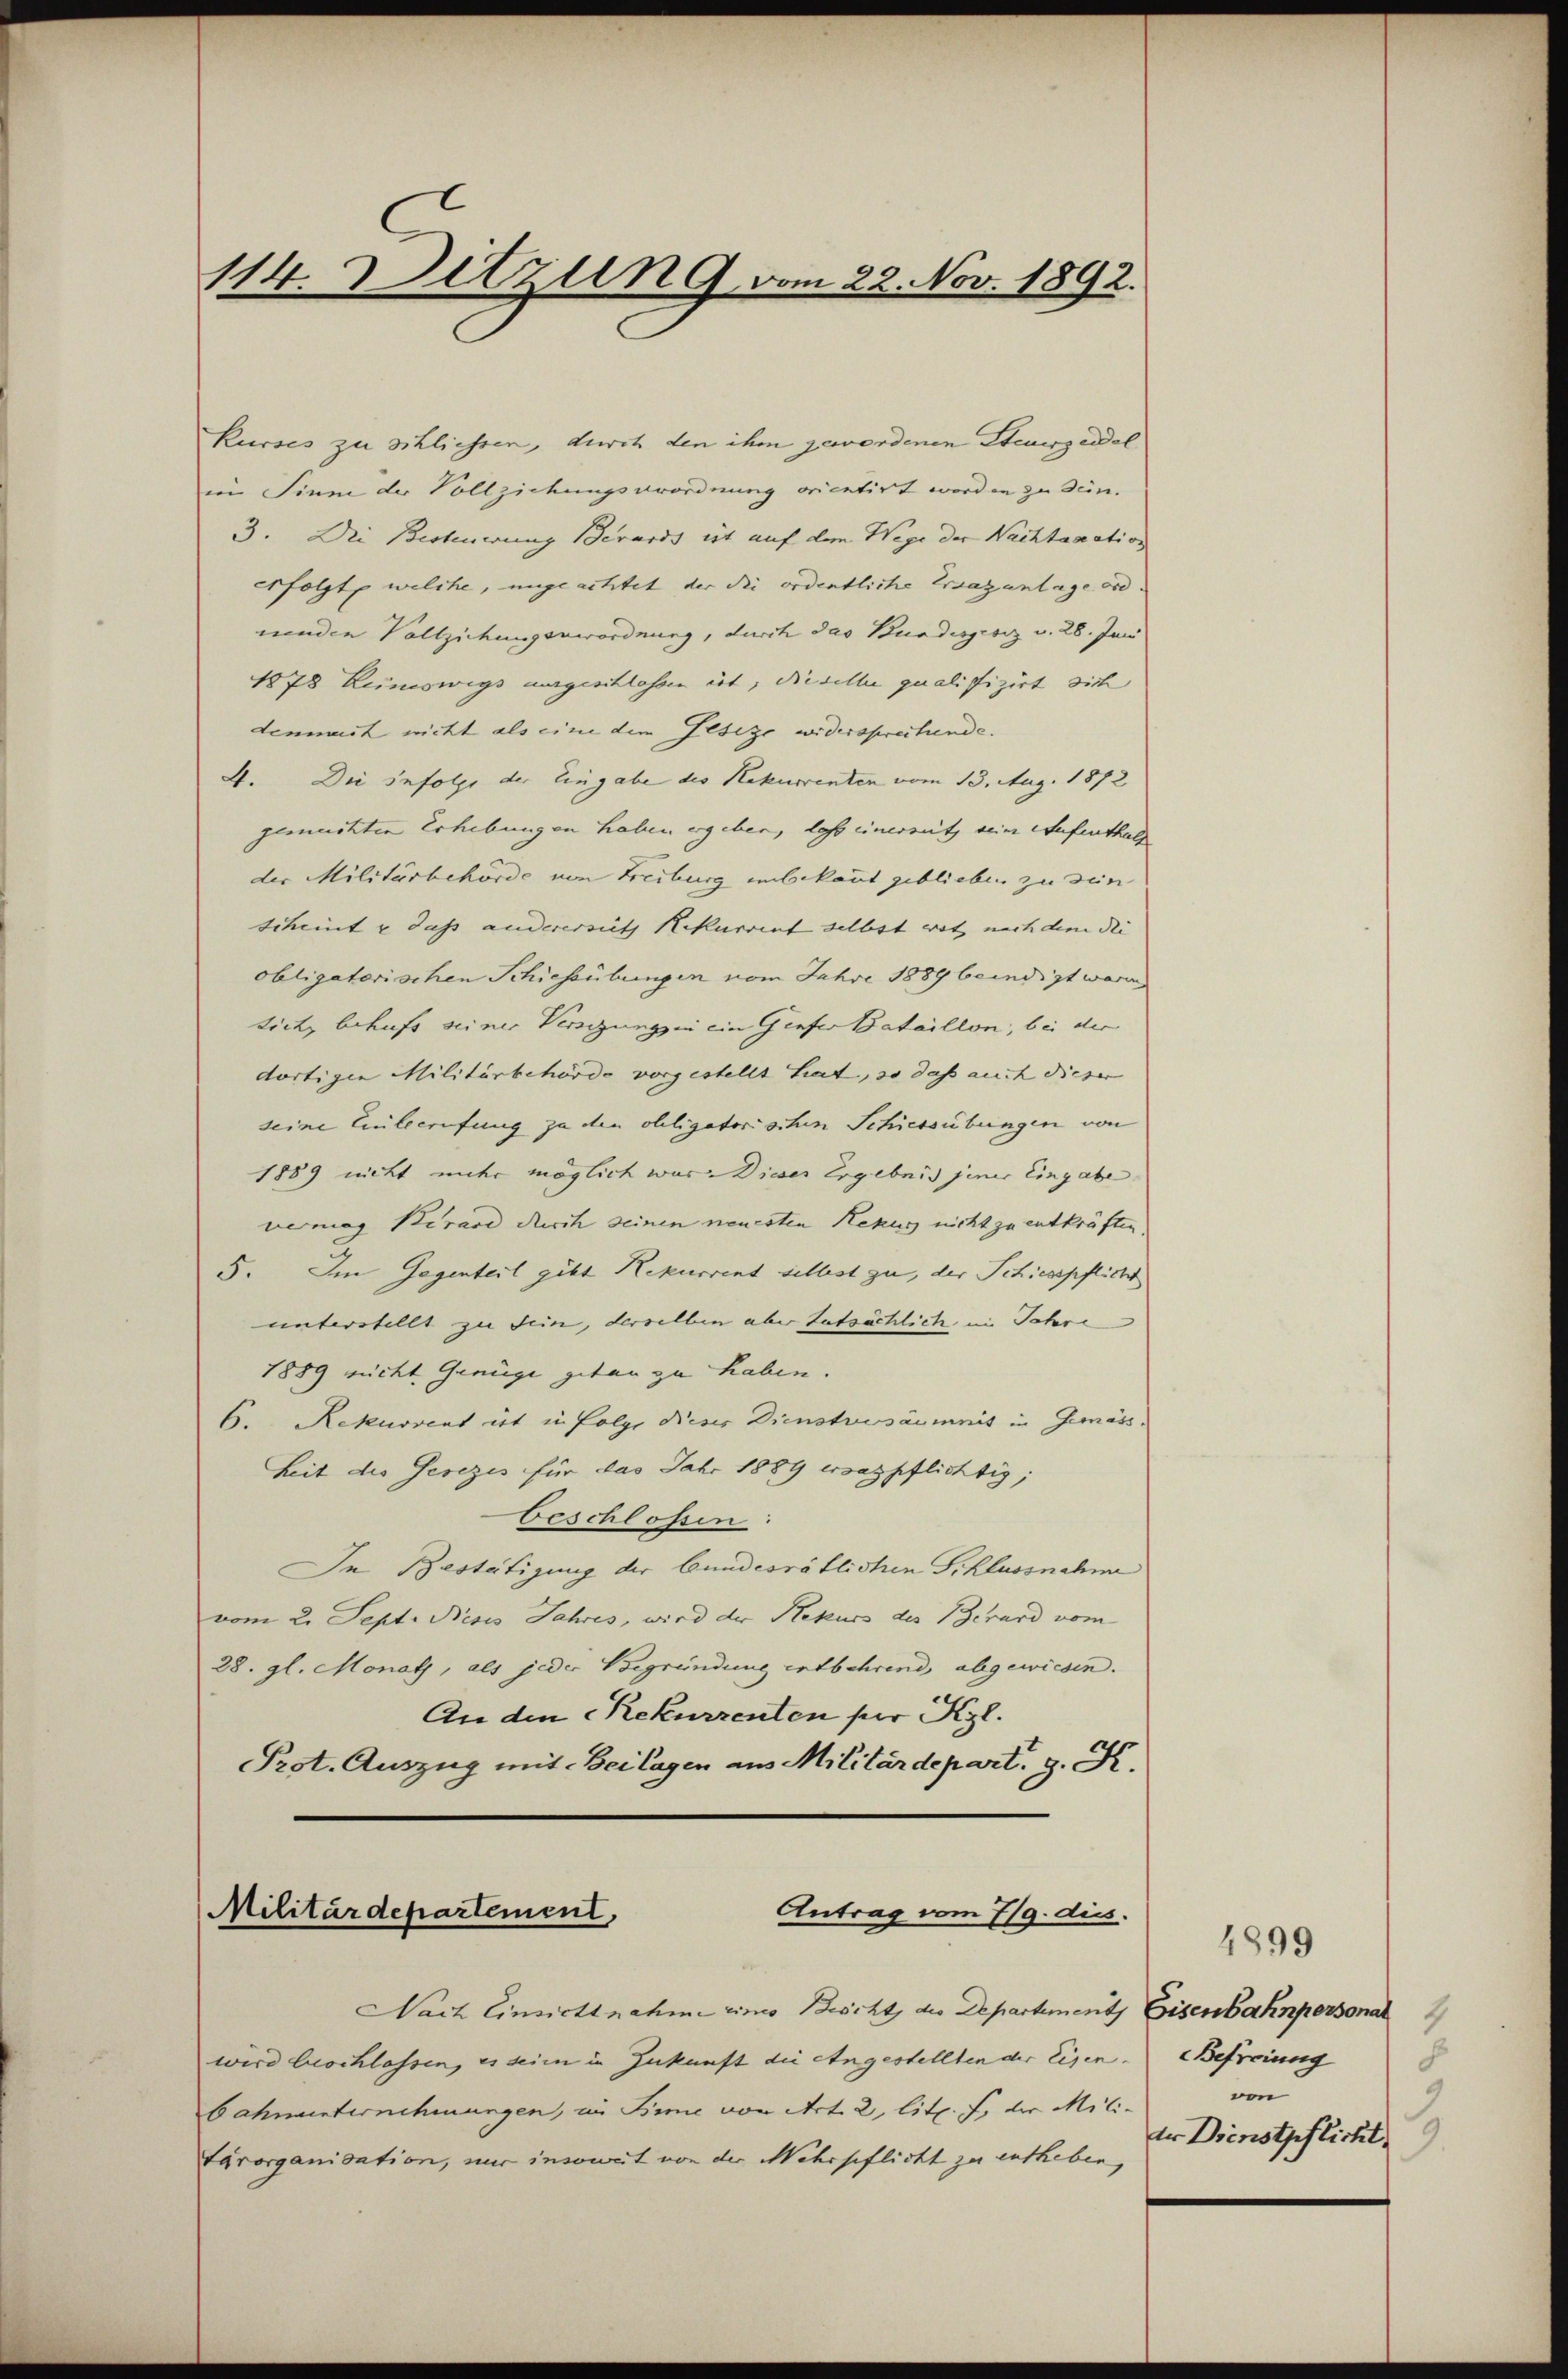
114. Detzung vom 22. Nov. 1892.

Kurses zu schliessen, durch den ihm gewordenen Steuerzeddel
in Sinne der Vollziehungsverordnung orientirt worden zu sein.
3. Die Bestenwung Bevards et auf dem Wege der Nachtaxation
erfolgt, welche, ungeachtet der die ordentliche Ersatzantage ord.
nenden Vollziehungsverordnung, durch das Bundesgesez v. 28. Jan
1878 Keineswegs ausgeschlossen ist, dieselle qualifizirt sich
demmit nicht als eine dem Geseze widersprechende.
4. Die infolge der Eingabe des Rekurrenten vom 13. Aug. 1872
gemachten Erhebungen haben ergeben, lass einersetz seine Aufenthal
der Militärbehörde von Freiburg unbekannt geblieben zu den
scheint u dass andererseith Rekurrent selbst wol nach dem die |
obligatorischen Schiessübungen vom Jahre 1889 beendigt waren
tictz behufs seiner Vergungen ein Genfer Bataillon, bei der
dortige Militärbehörde vorgestellt hat, so daß auch dieser |
seine Einleerufung zu den obligatorischen Schiessübungen von
1889 nicht unter möglich war. Dieser Ergebnis jener Eingabe
vermag kirard durch seinen neuesten Rekus nicht zu entkräften.
5. Im Gegenteil gibt Rekurrent selbst zu, der Schiesspflicht
unterstellt zu sein, derselben aber tatsächlich, im Jahre
1889 richt Genüge getan zu haben.
6. Rekurrent ist in Folge dieser Dienstversäumnis in Gemäss
Zeit des Gesezes für das Jahr 1889 ersazpflichtig;
beschlossen:
In Bestätigung der bundesrätlichen Schlussnahme
vom 2. Sept. Neses Jahres, wird der Rekurs des Berard vom
28. gl. Monath, als jeder Begründung entbehrend, abgewiesen.
An den Rekurrenten per Kgl.
Prot. Auszug mit Beilagen aus Militärdepart. g. S.

Militärdepartement,
Antrag vom 7/9. dies.

Nach Einsichtnahme eines Bischt, die Departement, Eisenbahnpersonal
wird beschlassen, es seine in Zukunft die Angestellten der Eisen. Befreiung
bahnunternehmungen, in Pinie von Art. 2, litt. F. der Militärorganisation, nur insoweit von der Mehrseflicht zu entheben,

4899
von
dr Dienstpflicht